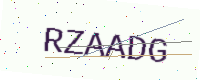
Text: RZAADG